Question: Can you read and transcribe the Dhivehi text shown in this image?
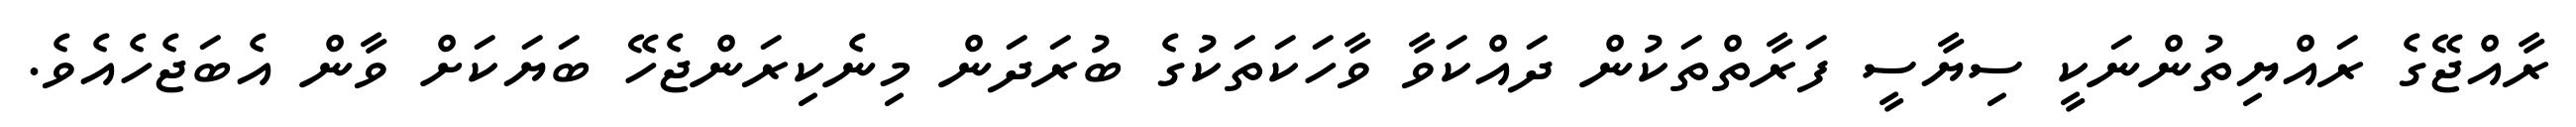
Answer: ރާއްޖޭގެ ރައްޔިތުންނަކީ ސިޔާސީ ފަރާތްތަކުން ދައްކަވާ ވާހަކަތަކުގެ ބުރަދަން މިނެކިރަންޖެހޭ ބަޔަކަށް ވާން އެބަޖެހެއެވެ.